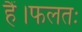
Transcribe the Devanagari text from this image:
हैं।फलतः